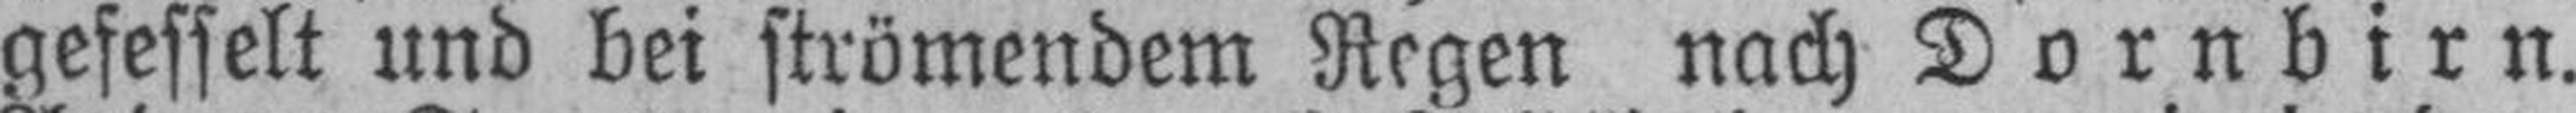
gefesselt und bei strömendem Regen nach Dornbirn.